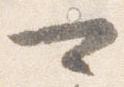
可